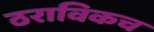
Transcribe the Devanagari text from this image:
ठराविकच